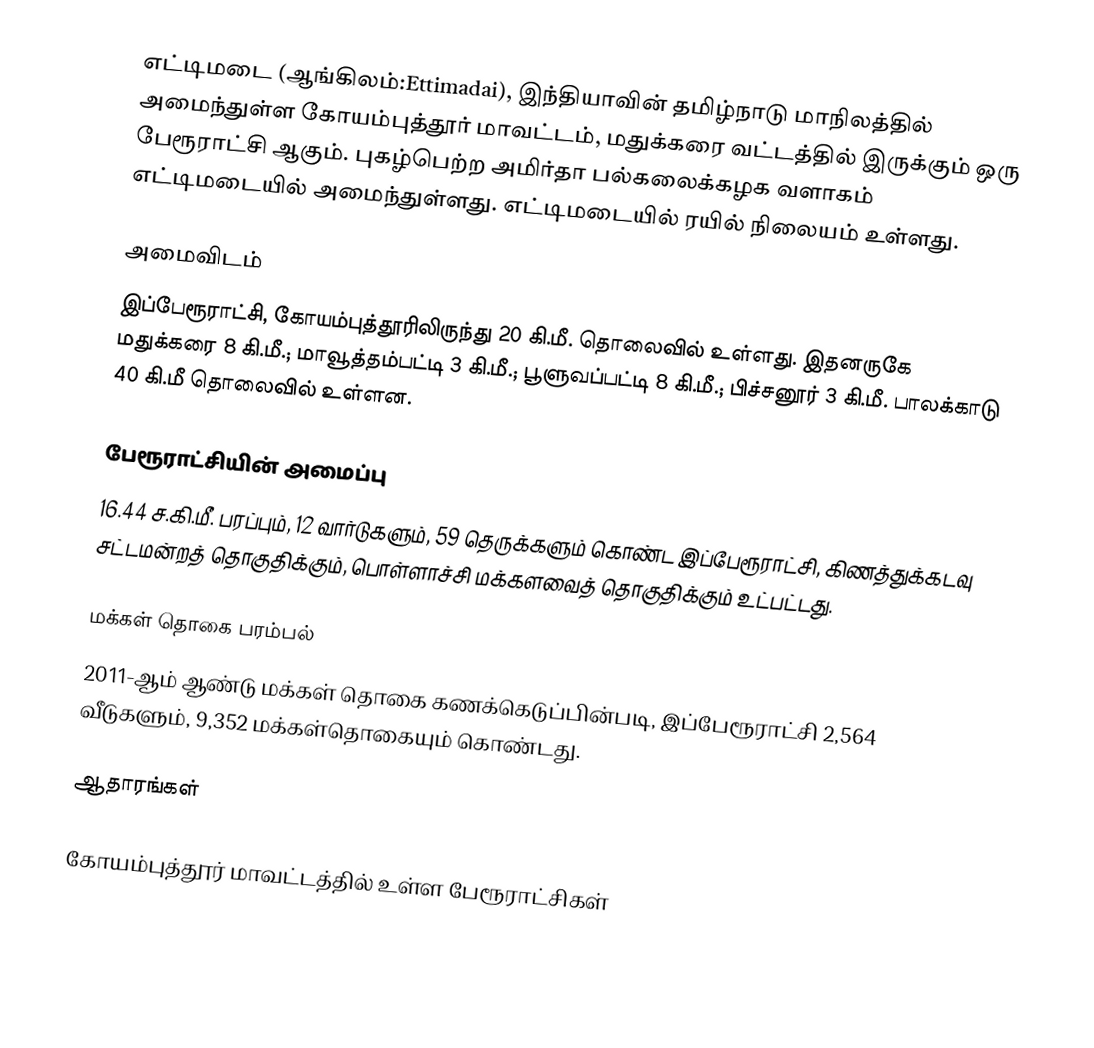
எட்டிமடை (ஆங்கிலம்:Ettimadai), இந்தியாவின் தமிழ்நாடு மாநிலத்தில் அமைந்துள்ள கோயம்புத்தூர் மாவட்டம், மதுக்கரை வட்டத்தில் இருக்கும் ஒரு பேரூராட்சி ஆகும். புகழ்பெற்ற அமிர்தா பல்கலைக்கழக வளாகம் எட்டிமடையில் அமைந்துள்ளது. எட்டிமடையில் ரயில் நிலையம் உள்ளது.

அமைவிடம்
இப்பேரூராட்சி, கோயம்புத்தூரிலிருந்து 20 கி.மீ. தொலைவில் உள்ளது. இதனருகே மதுக்கரை 8 கி.மீ.;  மாவூத்தம்பட்டி 3 கி.மீ.; பூளுவப்பட்டி 8 கி.மீ.; பிச்சனூர் 3 கி.மீ. பாலக்காடு 40 கி.மீ தொலைவில் உள்ளன.

பேரூராட்சியின் அமைப்பு
16.44 ச.கி.மீ. பரப்பும், 12 வார்டுகளும், 59 தெருக்களும்  கொண்ட இப்பேரூராட்சி,  கிணத்துக்கடவு  சட்டமன்றத் தொகுதிக்கும், பொள்ளாச்சி மக்களவைத் தொகுதிக்கும் உட்பட்டது.

மக்கள் தொகை பரம்பல்
2011-ஆம் ஆண்டு மக்கள் தொகை கணக்கெடுப்பின்படி,  இப்பேரூராட்சி 2,564 வீடுகளும், 9,352 மக்கள்தொகையும் கொண்டது.

ஆதாரங்கள்

கோயம்புத்தூர் மாவட்டத்தில் உள்ள பேரூராட்சிகள்